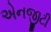
એનજીટી